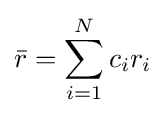
{\bar {r}}=\sum _{i=1}^{N}c_{i}r_{i}